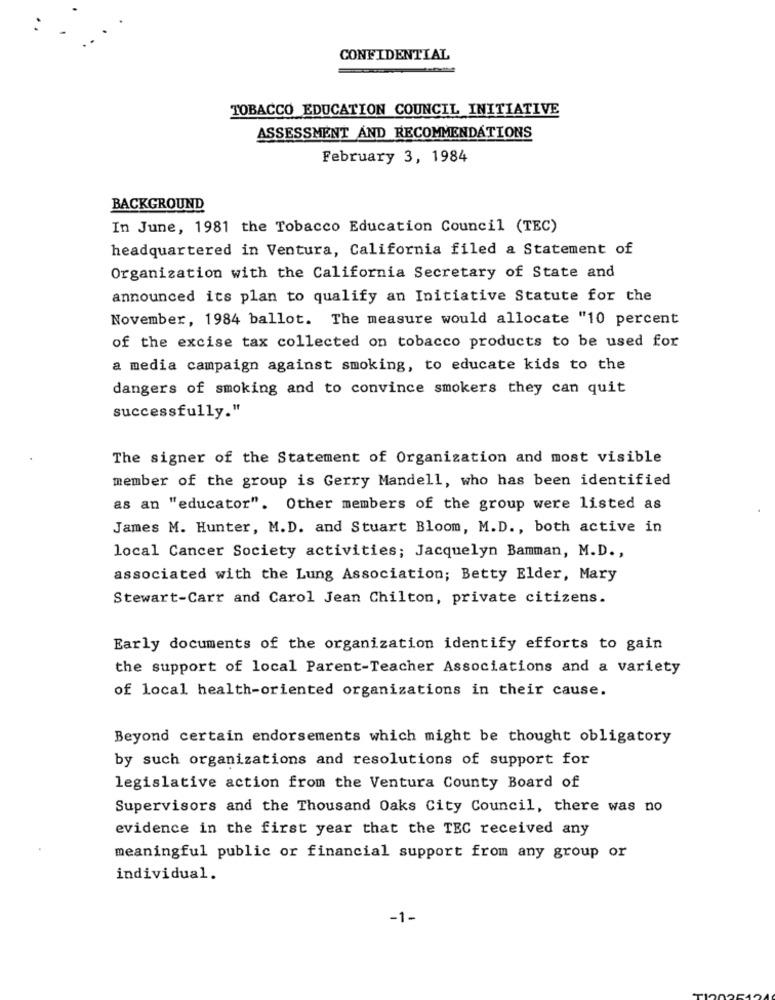
:
CONFIDENTIAL
TOBACCO EDUCATION COUNCIL INITIATIVE
ASSESSMENT AND RECOMMENDATIONS
February 3, 1984
BACKGROUND
In June, 1981 the Tobacco Education Council (TEC)
headquartered in Ventura, California filed a Statement of
Organization with the California Secretary of State and
announced its plan to qualify an Initiative Statute for the
November, 1984 ballot. The measure would allocate "10 percent
of the excise tax collected on tobacco products to be used for
a media campaign against smoking, to educate kids to the
dangers of smoking and to convince smokers they can quit
successfully."
The signer of the Statement of Organization and most visible
member of the group is Gerry Mandell, who has been identified
as an "educator". Other members of the group were listed as
James M. Hunter, M.D. and Stuart Bloom, M.D ., both active in
local Cancer Society activities; Jacquelyn Bamman, M.D .,
associated with the Lung Association; Betty Elder, Mary
Stewart-Carr and Carol Jean Chilton, private citizens.
Early documents of the organization identify efforts to gain
the support of local Parent-Teacher Associations and a variety
of local health-oriented organizations in their cause.
Beyond certain endorsements which might be thought obligatory
by such organizations and resolutions of support for
legislative action from the Ventura County Board of
Supervisors and the Thousand Oaks City Council, there was no
evidence in the first year that the TEC received any
meaningful public or financial support from any group or
individual.
-1-